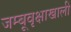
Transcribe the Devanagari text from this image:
जम्बूवृक्षाखाली